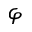
\boldsymbol { \varphi }